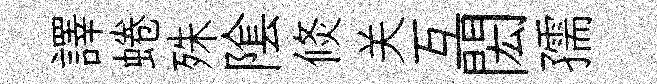
譯蜷殊隂倐关互閎孺